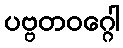
ပဗ္ဗတဝဂ္ဂေါ